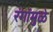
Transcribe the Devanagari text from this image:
रंगांमुळे